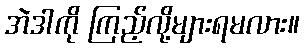
အဲဒါကို ကြည့်လို့များရမလား။